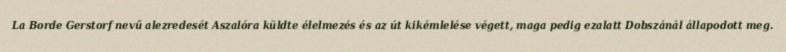
La Borde Gerstorf nevű alezredesét Aszalóra küldte élelmezés és az út kikémlelése végett, maga pedig ezalatt Dobszánál állapodott meg.